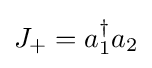
J_{+}=a_{1}^{\dagger }a_{2}